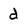
Character: d